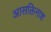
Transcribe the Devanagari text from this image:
आसक्तिनाश